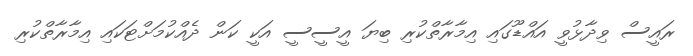
ރައީސް ވިދާޅުވީ އައްޑޫގައި އިމާރާތްކުރި ބިޔަ އީސީސީ އަކީ ކަން ދެއްކުމަށްޓަކައި އިމާރާތްކުރި